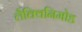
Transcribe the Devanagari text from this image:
लैक्विनिमोड